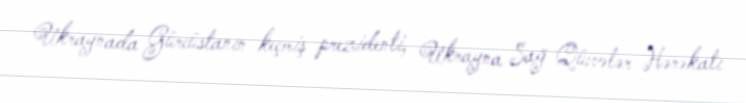
Ukraynada Gürcüstanın keçmiş prezidenti, Ukrayna Sağ Qüvvələr Hərəkatı